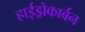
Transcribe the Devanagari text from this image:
हाईड्रोकार्बन